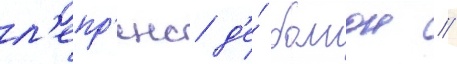
л'епр'енс д'е́ бомон //